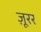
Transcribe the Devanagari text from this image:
ज़ूरर